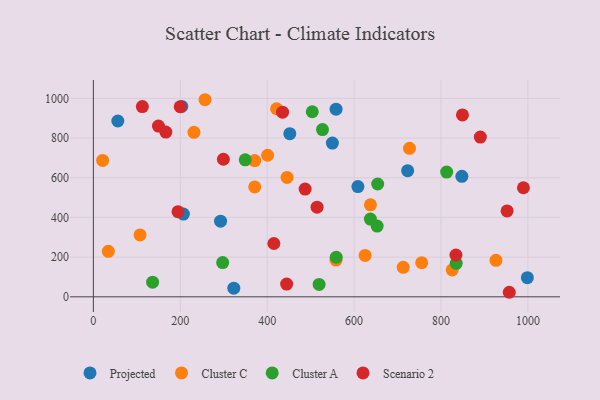
{"axis": {"x": "Price", "y": "Fuel Efficiency"}, "legend": ["Cluster A", "Cluster C", "Projected", "Scenario 2"], "data": [{"x": "558.5", "y": 945.2, "type": "Projected"}, {"x": "56.3", "y": 885.7, "type": "Projected"}, {"x": "848.1", "y": 607.1, "type": "Projected"}, {"x": "608.8", "y": 555.6, "type": "Projected"}, {"x": "452.1", "y": 821.9, "type": "Projected"}, {"x": "207.2", "y": 416.7, "type": "Projected"}, {"x": "203.4", "y": 959.0, "type": "Projected"}, {"x": "723.3", "y": 635.3, "type": "Projected"}, {"x": "550.0", "y": 774.6, "type": "Projected"}, {"x": "998.8", "y": 96.7, "type": "Projected"}, {"x": "292.7", "y": 381.1, "type": "Projected"}, {"x": "323.2", "y": 43.8, "type": "Projected"}, {"x": "107.4", "y": 311.8, "type": "Cluster C"}, {"x": "371.3", "y": 686.6, "type": "Cluster C"}, {"x": "21.3", "y": 687.3, "type": "Cluster C"}, {"x": "558.4", "y": 185.2, "type": "Cluster C"}, {"x": "231.5", "y": 829.0, "type": "Cluster C"}, {"x": "625.4", "y": 208.5, "type": "Cluster C"}, {"x": "421.6", "y": 947.5, "type": "Cluster C"}, {"x": "401.0", "y": 713.3, "type": "Cluster C"}, {"x": "727.5", "y": 748.2, "type": "Cluster C"}, {"x": "926.5", "y": 184.1, "type": "Cluster C"}, {"x": "34.4", "y": 229.3, "type": "Cluster C"}, {"x": "371.3", "y": 553.9, "type": "Cluster C"}, {"x": "713.0", "y": 148.5, "type": "Cluster C"}, {"x": "257.0", "y": 993.0, "type": "Cluster C"}, {"x": "825.8", "y": 135.3, "type": "Cluster C"}, {"x": "637.6", "y": 463.6, "type": "Cluster C"}, {"x": "445.7", "y": 601.6, "type": "Cluster C"}, {"x": "755.6", "y": 171.7, "type": "Cluster C"}, {"x": "653.0", "y": 356.2, "type": "Cluster A"}, {"x": "637.5", "y": 391.6, "type": "Cluster A"}, {"x": "558.9", "y": 199.3, "type": "Cluster A"}, {"x": "519.5", "y": 62.2, "type": "Cluster A"}, {"x": "813.1", "y": 628.3, "type": "Cluster A"}, {"x": "654.3", "y": 568.5, "type": "Cluster A"}, {"x": "297.6", "y": 172.4, "type": "Cluster A"}, {"x": "136.3", "y": 73.6, "type": "Cluster A"}, {"x": "527.3", "y": 842.6, "type": "Cluster A"}, {"x": "835.1", "y": 169.0, "type": "Cluster A"}, {"x": "503.8", "y": 932.5, "type": "Cluster A"}, {"x": "349.5", "y": 690.3, "type": "Cluster A"}, {"x": "849.4", "y": 916.5, "type": "Scenario 2"}, {"x": "957.1", "y": 22.9, "type": "Scenario 2"}, {"x": "952.1", "y": 432.9, "type": "Scenario 2"}, {"x": "194.8", "y": 428.8, "type": "Scenario 2"}, {"x": "149.8", "y": 860.4, "type": "Scenario 2"}, {"x": "444.8", "y": 64.2, "type": "Scenario 2"}, {"x": "435.4", "y": 930.4, "type": "Scenario 2"}, {"x": "112.7", "y": 958.7, "type": "Scenario 2"}, {"x": "299.2", "y": 693.0, "type": "Scenario 2"}, {"x": "514.8", "y": 451.7, "type": "Scenario 2"}, {"x": "834.4", "y": 210.5, "type": "Scenario 2"}, {"x": "166.7", "y": 830.1, "type": "Scenario 2"}, {"x": "487.3", "y": 543.0, "type": "Scenario 2"}, {"x": "989.7", "y": 549.6, "type": "Scenario 2"}, {"x": "199.8", "y": 957.5, "type": "Scenario 2"}, {"x": "415.4", "y": 268.6, "type": "Scenario 2"}, {"x": "890.5", "y": 804.6, "type": "Scenario 2"}]}